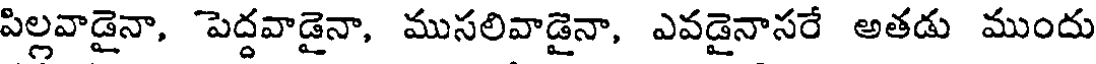
పిల్లవాడైనా, పెద్దవాడైనా, ముసలివాడైనా, ఎవడైనాసరే అతడు ముందు